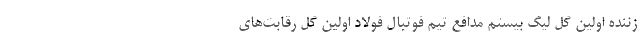
زننده اولین گل لیگ بیستم مدافع تیم فوتبال فولاد اولین گل رقابت‌های